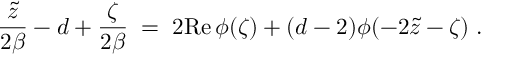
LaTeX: { \frac { \tilde { z } } { 2 \beta } } - d + { \frac { \zeta } { 2 \beta } } \; = \; 2 \mathrm { R e } \, \phi ( \zeta ) + ( d - 2 ) \phi ( - 2 \tilde { z } - \zeta ) \; .